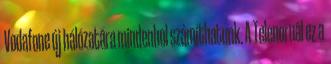
Vodafone új hálózatára mindenhol számíthatunk. A Telenornál ez a